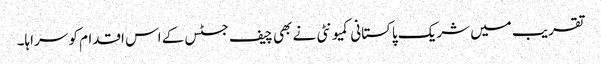
تقریب میں شریک پاکستانی کمیونٹی نے بھی چیف جسٹس کے اس اقدام کو سراہا۔